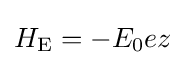
H_{\rm {E}}=-E_{0}ez